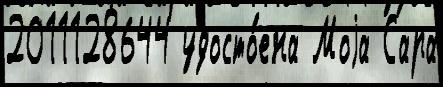
2011128644 удосто́ена Моjа Сара